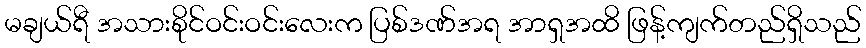
မချယ်ရီ အသားစိုင်ဝင်းဝင်းလေးက ပြစ်ဒဏ်အရ အာရှအထိ ဖြန့်ကျက်တည်ရှိသည်